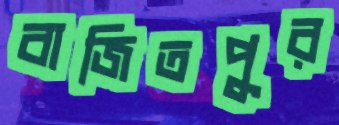
বাজিতপুর